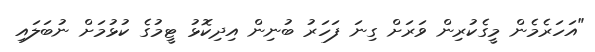
"އަހަރެމެން މީގެކުރިން ވަރަށް ގިނަ ފަހަރު ބުނިން އިދިކޮޅު ޓީމުގެ ކުޅުމަށް ނުބަލައި